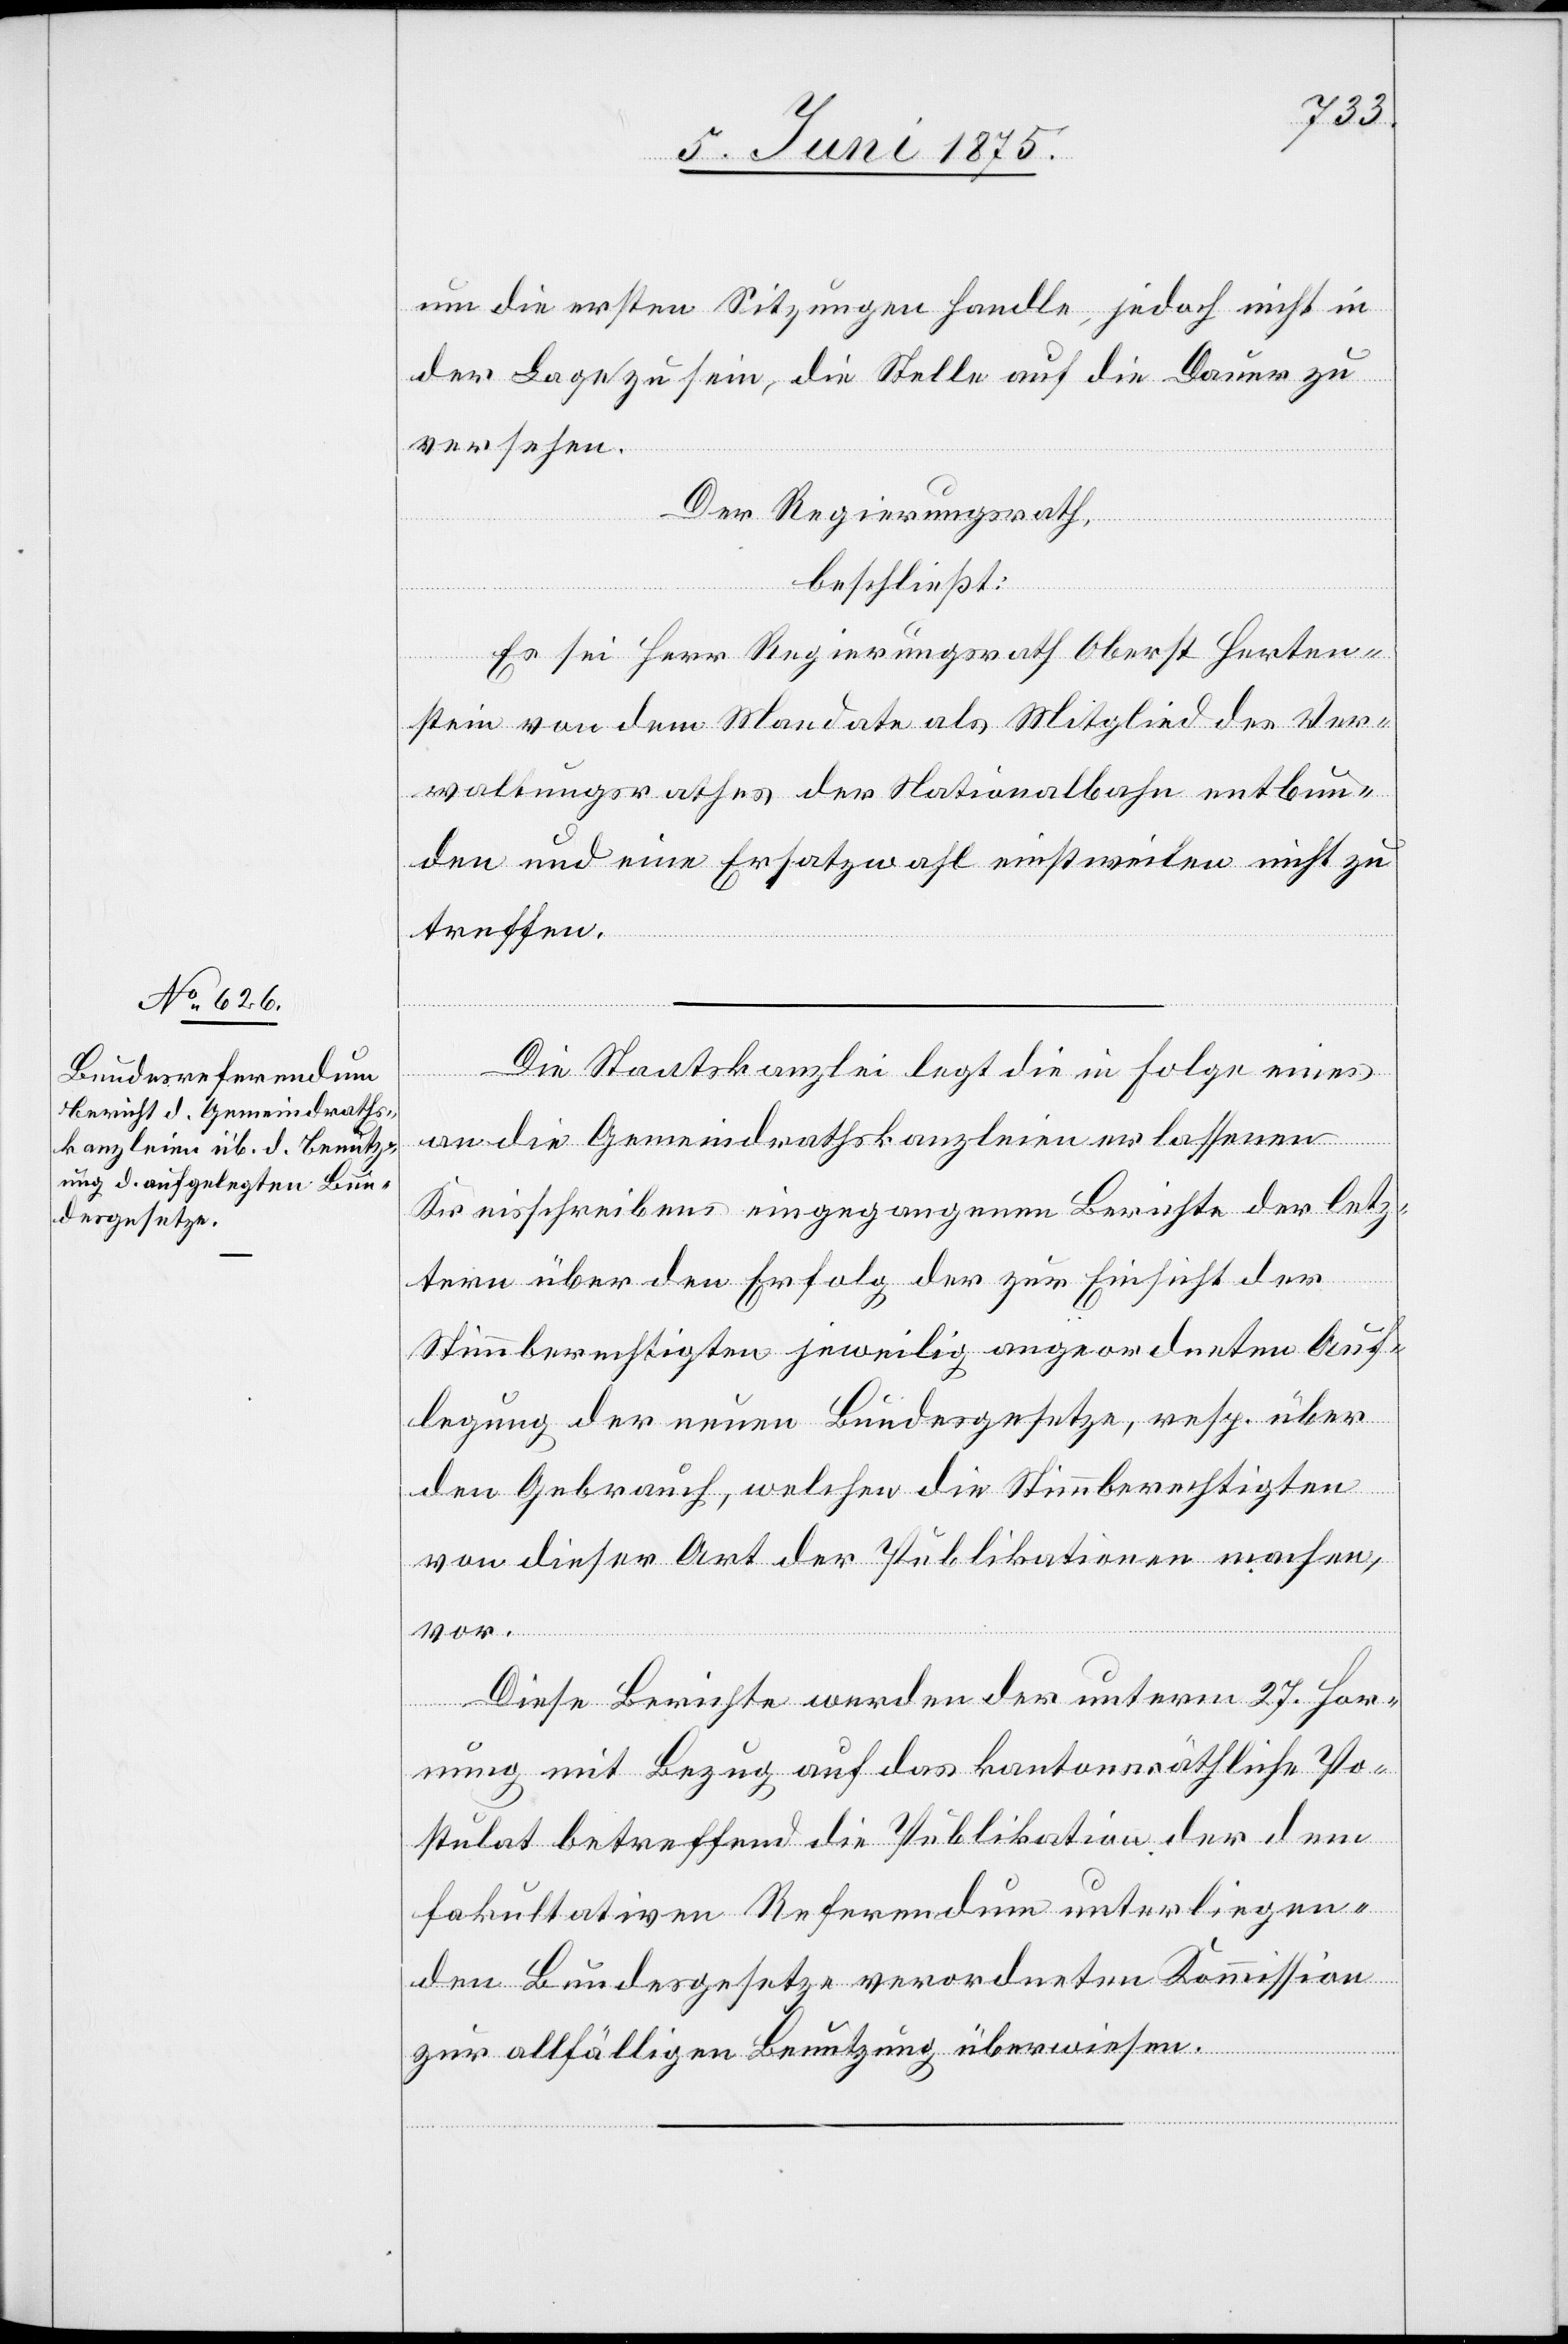
um die ersten Sitzungen handle, jedoch nicht in
der Lage zu sein, die Stelle auf die Dauer zu
versehen.
Der Regierungsrath,
beschließt:
Es sei Herr Regierungsrath Oberst Herten¬
stein von dem Mandate als Mitglied des Ver¬
waltungsrathes der Nationalbahn entbun¬
den und eine Ersatzwahl einstweilen nicht zu
treffen.
Die Staatskanzlei legt die in Folge eines
an die Gemeindrathskanzleien erlassenen
Kreisschreibens eingegangenen Berichte der letz¬
tern über den Erfolg der zur Einsicht der
Stimmberechtigten jeweilig angeordneten Auf¬
legung der neuen Bundesgesetze, resp. über
den Gebrauch, welcher die Stimmberechtigten
von dieser Art der Publikationen machen,
vor.
Diese Berichte werden der unterm 27. Hor¬
nung mit Bezug auf das kantonsräthliche Po¬
stulat betreffend die Publikation der dem
fakultativen Referendum unterliegen¬
den Bundesgesetze verordnete Kommission
zur allfälligen Benutzung überwiesen.